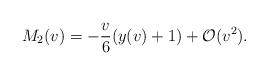
LaTeX: \begin{align*} M_{2}(v)=-\frac{v}{6}(y(v)+1)+\mathcal{O}(v^2).\end{align*}